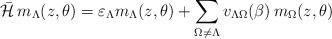
LaTeX: \begin{align*}\bar {\cal{H}} \, m_{\Lambda}(z,\theta)= \varepsilon_{\Lambda} m_{\Lambda}(z,\theta)+\sum_{\Omega\neq \Lambda} v_{\Lambda \Omega}(\beta) \, m_{\Omega}(z,\theta) \end{align*}